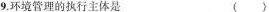
9.环境管理的执行主体是 （）